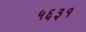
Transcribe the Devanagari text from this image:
५६३१